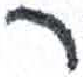
אות: ר